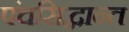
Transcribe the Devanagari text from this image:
पंचसिद्धान्त